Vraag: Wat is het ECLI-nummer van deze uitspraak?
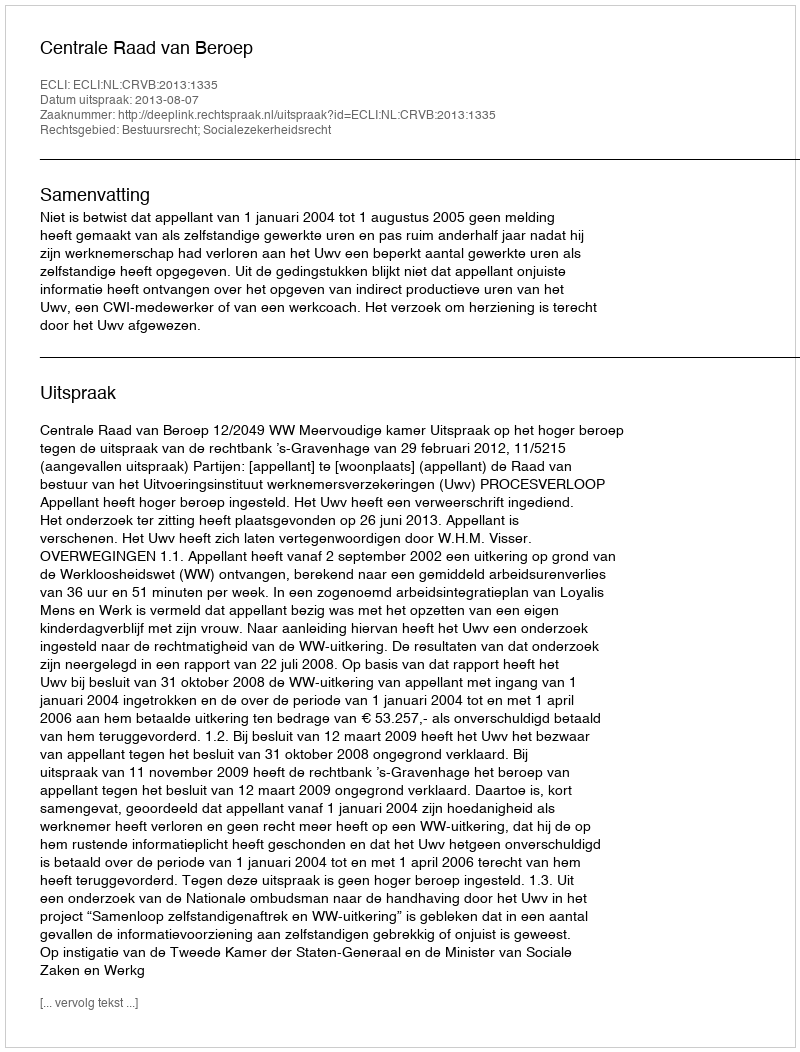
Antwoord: ECLI:NL:CRVB:2013:1335